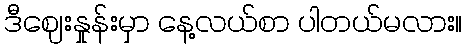
ဒီဈေးနှုန်းမှာ နေ့လယ်စာ ပါတယ်မလား။